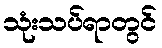
သုံးသပ်ရာတွင်